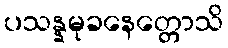
ပသန္နမုခနေတ္တောသိ